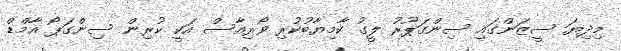
މިދިޔަ ސީޒަންގައި ސިންގަޕޫރު ލީގު ކާމިޔާބުކުރި ވޯރިއާސް އަކީ ކުރިން ސިންގަޕޯ އާމްޑް